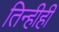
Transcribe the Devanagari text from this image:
तिन्हीही